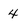
Character: 4